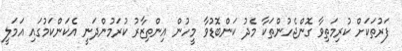
ފަރުތަކަށް ކުރިމަތިވާ ގޮންޖެހުންތަކާ މެދު ކަންބޮޑުވާ މީހުން އިންތިޒާރު ކުރަމުންދަނީ އެކަންކަމުގައި އަމަލީ